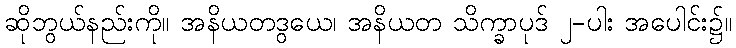
ဆိုဘွယ်နည်းကို။ အနိယတဒွယေ၊ အနိယတ သိက္ခာပုဒ် ၂-ပါး အပေါင်း၌။